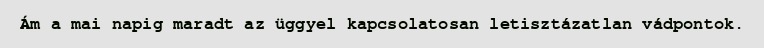
Ám a mai napig maradt az üggyel kapcsolatosan letisztázatlan vádpontok.